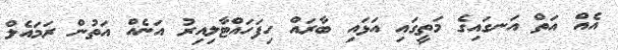
އެއް އަތް އަނގައިގެ މަތީގައި އަޅައި ބާރައް ހިފަހައްޓާލިއިރު އަނެއް އަތުން ރަމައެލް